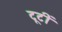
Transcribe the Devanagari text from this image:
टूटीं